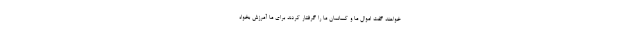
خواهند گفت اموال ما و كسانمان ما را گرفتار كردند براى ما آمرزش بخواه